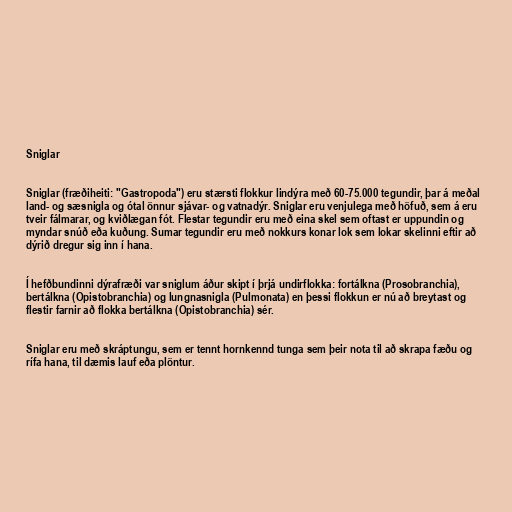
Sniglar

Sniglar (fræðiheiti: "Gastropoda") eru stærsti flokkur lindýra með 60-75.000 tegundir, þar á meðal
land- og sæsnigla og ótal önnur sjávar- og vatnadýr. Sniglar eru venjulega með höfuð, sem á eru
tveir fálmarar, og kviðlægan fót. Flestar tegundir eru með eina skel sem oftast er uppundin og
myndar snúð eða kuðung. Sumar tegundir eru með nokkurs konar lok sem lokar skelinni eftir að
dýrið dregur sig inn í hana.

Í hefðbundinni dýrafræði var sniglum áður skipt í þrjá undirflokka: fortálkna (Prosobranchia),
bertálkna (Opistobranchia) og lungnasnigla (Pulmonata) en þessi flokkun er nú að breytast og
flestir farnir að flokka bertálkna (Opistobranchia) sér.

Sniglar eru með skráptungu, sem er tennt hornkennd tunga sem þeir nota til að skrapa fæðu og
rífa hana, til dæmis lauf eða plöntur.